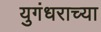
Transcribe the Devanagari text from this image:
युगंधराच्या